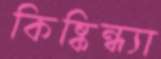
কিষ্কিন্ধ্যা